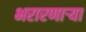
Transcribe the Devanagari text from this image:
भरारणाऱ्या